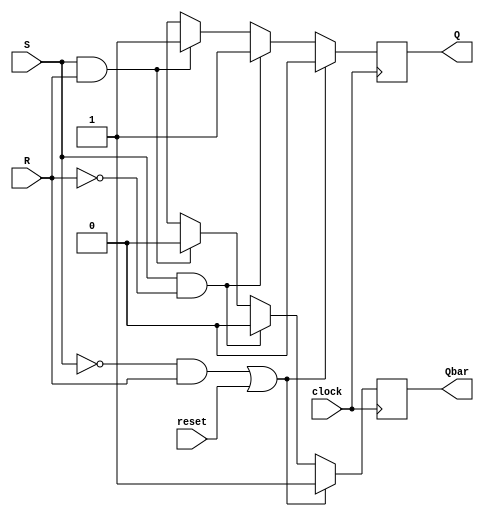
module RSFF(R,S,Q,Qbar,clock,reset);
	input R,S,clock,reset;
	output reg Q,Qbar;
	always @ (posedge clock)
		begin
		if((S == 1'b0 && R == 1'b1) | (reset == 1'b1))
			begin
			Q <= 1'b0;
			Qbar <= 1'b1;
			end
		else if (S == 1'b1 && R == 1'b0)
		 begin
		 Q <= 1'b1;
		 Qbar <= 1'b0;
		 end
		else if (S == 1'b1 && R == 1'b1)
			begin
			Q <= 1'b1;
			Qbar <= 1'b0;
			end
		else
			begin
			Q <= 1'bx;
			Qbar <= 1'bx;
			end
		end
endmodule
			
/*		
module tb_rsff;
	reg R,S,clock;
	wire Q,Qbar;
	
	RSFF myff(R,S,Q,Qbar,clock,reset);
	
	always 
	#1 clock = ~clock;

	initial
	begin
	#1 clock = 1'b1; reset = 1'b0;
	#5 R = 1'b0; S = 1'b0;
	#5 R = 1'b0; S = 1'b1;
	#5 R = 1'b1; S = 1'b0;
	#5 R = 1'b1; S = 1'b1;
	#10 $finish;
	end
	
	initial
	$monitor($time," %b %b %b %b", S , R ,Q, Qbar);
	
endmodule
*/

module DFF(D,clock,Q,Qbar,reset);
	input D,clock,reset;
	output Q,Qbar;
	buf (S,D);
	not (R,D);
	RSFF myff(R,S,Q,Qbar,clock,reset);
	
endmodule

/*
module tb_DFF;

	initial
	begin
    $dumpfile("counter.vcd");
    $dumpvars(0,tb_DFF);
	end
	reg D,clock,reset;
	wire Q,Qbar;
	DFF mydff(D,clock,Q,Qbar,reset);
	always 
	#1 clock = ~clock;

	initial
	begin
	#1 clock = 1'b1;	reset = 1'b0;
	#3 D = 1'b0;
	#6 D = 1'b1;
	#10 $finish;
	end
	
	initial
	$monitor($time," %b %b %b", D ,Q, Qbar);
	
endmodule
*/

module Ripple_Counter(clock,reset,Q);
	output [3:0] Q;
	input clock,reset;
	wire [0:3] Qbar;
	
	DFF dff1(Qbar[0],clock,Q[0],Qbar[0],reset);
	DFF dff2(Qbar[1],Qbar[0],Q[1],Qbar[1],reset);
	DFF dff3(Qbar[2],Qbar[1],Q[2],Qbar[2],reset);
	DFF dff4(Qbar[3],Qbar[2],Q[3],Qbar[3],reset);
	
endmodule

/*
module tb_counter;
	
	reg clock, reset;
	wire [0:3]Q;
	Ripple_Counter mycounter(clock,reset,Q);
	initial
	begin
    $dumpfile("counter.vcd");
    $dumpvars(0,tb_counter);
	end
	
	initial
	begin
	#0 clock = 1'b1;	reset = 1'b1;
	#1 reset = 1'b0;
	#100 $finish;
	end
	
	always 
	#1 clock = ~clock;
	initial
	$monitor($time," %b", Q);
	
endmodule
*/